Tezpur Lunatic Asylum reports 1877-1894 - 1877-1894
Year: 1877
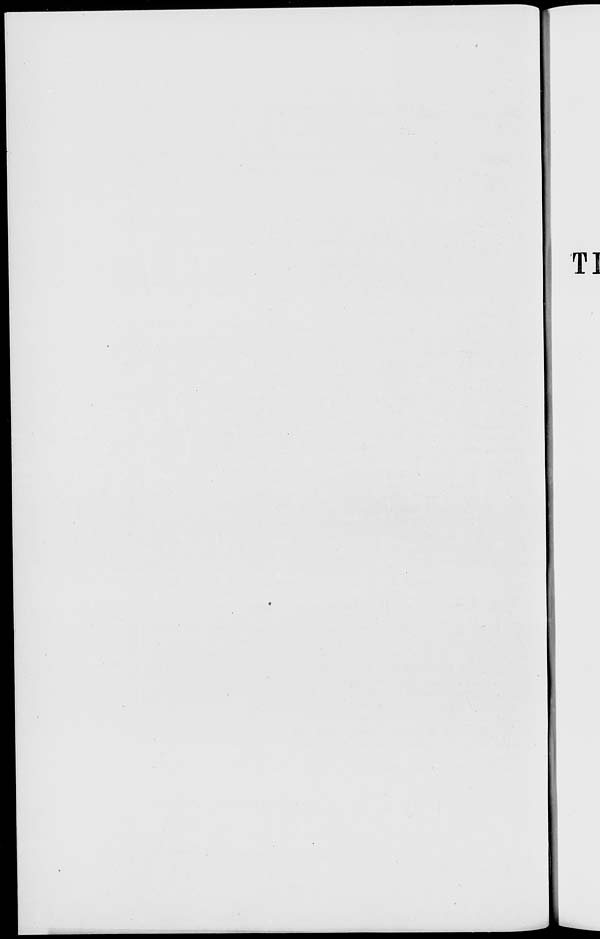
T]